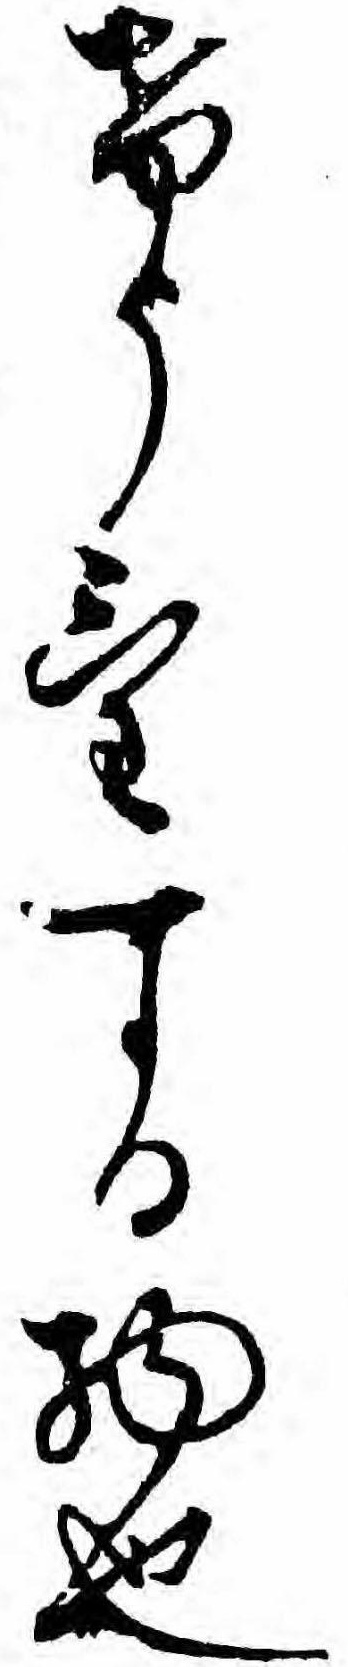
けうけする物也